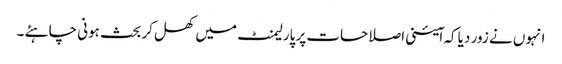
انہوں نے زور دیا کہ ا ٓئینی اصلاحات پر پارلیمنٹ میں کھل کر بحث ہونی چاہئے ۔